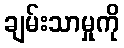
ချမ်းသာမှုကို